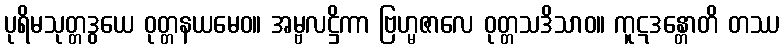
ပုရိမသုတ္တဒွယေ ဝုတ္တနယမေဝ။ အမ္ဗလဋ္ဌိကာ ဗြဟ္မဇာလေ ဝုတ္တသဒိသာဝ။ ကူဋဒန္တောတိ တဿ